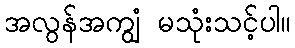
အလွန်အကျွံ မသုံးသင့်ပါ။